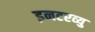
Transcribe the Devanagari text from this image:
इनटरव्यु